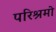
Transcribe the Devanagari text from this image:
परिश्रमो